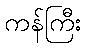
ကန်ကြီး